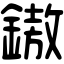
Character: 𨫼